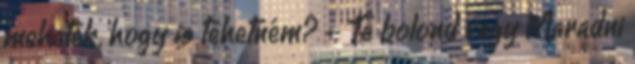
mehetek, hogy is tehetném? - Te bolond vagy Maradni